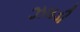
ઝઘડી